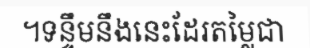
។ទន្ទឹមនឹងនេះដែរតម្លៃជា